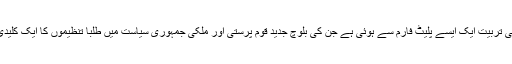
اس لیے کہ ان کی تربیت ایک ایسے پلیٹ فارم سے ہوئی ہے جن کی بلوچ جدید قوم پرستی اور ملکی جمہوری سیاست میں طلبا تنظیموں کا ایک کلیدی کردار رہا ہے۔